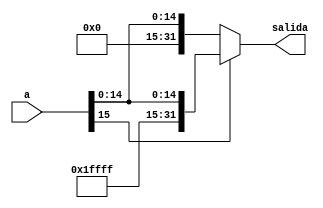
module Sign_Extend (
    input [15:0] a,
    output reg [31:0] salida
);

    always @(*) begin
        if (a[15] == 1) begin
            salida = {{16{a[15]}}, a};
        end
        else begin
            salida = {{16{1'b0}}, a};
        end
    end

endmodule